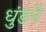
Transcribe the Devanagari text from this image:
धुंडने